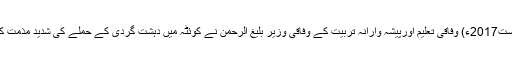
13 اگست2017ء) وفاقی تعلیم اورپیشہ وارانہ تربیت کے وفاقی وزیر بلیغ الرحمن نے کوئٹہ میں دہشت گردی کے حملے کی شدید مذمت کی ہے۔